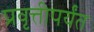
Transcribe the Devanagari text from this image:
प्रवृत्तीपर्यंत